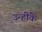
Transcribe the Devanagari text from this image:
उन्हींके